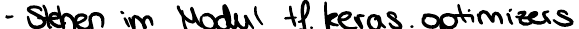
- Stehen im Modul tf.keras.optimizers